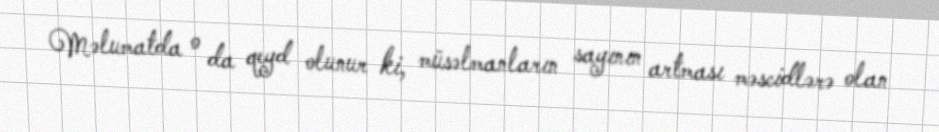
Məlumatda o da qeyd olunur ki, müsəlmanların sayının artması məscidlərə olan